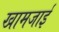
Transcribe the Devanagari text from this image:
खामजाई